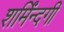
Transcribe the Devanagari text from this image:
शर्मिंन्दगी